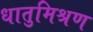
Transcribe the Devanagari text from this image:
धातुमिश्रण